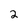
Character: 2